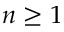
n \geq 1